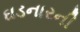
ઘડનારની